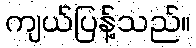
ကျယ်ပြန့်သည်။